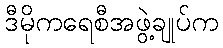
ဒီမိုကရေစီအဖွဲ့ချုပ်က